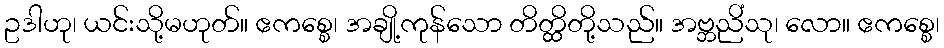
ဥဒါဟု၊ ယင်းသို့မဟုတ်။ ဧကစ္စေ၊ အချို့ကုန်သော တိတ္ထိတို့သည်။ အဗ္ဘညိံသု၊ လော။ ဧကစ္စေ၊